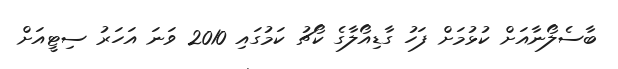
ބާސެލޯނާއަށް ކުޅުމަށް ފަހު ގާޑިއޯލާގެ ކޯޗު ކަމުގައި 2010 ވަނަ އަހަރު ސިޓީއަށް